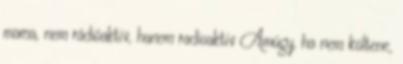
mama, nem rádióaktív, hanem radioaktív Amúgy, ha nem költene,